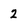
Character: 2